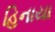
હિનાયા